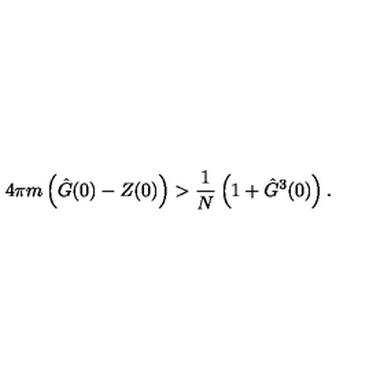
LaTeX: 4 \pi m \left( \hat { G } ( 0 ) - Z ( 0 ) \right) > \frac { 1 } { N } \left( 1 + \hat { G } ^ { 3 } ( 0 ) \right) .